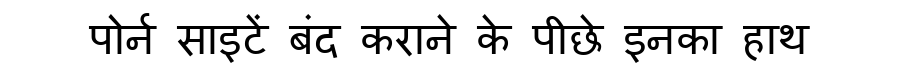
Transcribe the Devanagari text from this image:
पोर्न साइटें बंद कराने के पीछे इनका हाथ